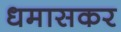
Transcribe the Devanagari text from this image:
धमासकर